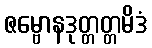
ဇမ္ဗောနဒုတ္တတ္တမိဒံ